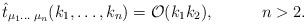
LaTeX: \begin{align*}\hat{t}_{\mu_1 \ldots \;\mu_n}(k_1,\ldots ,k_n) = {\cal O}(k_1k_2), \hspace{1.2cm} n>2.\end{align*}